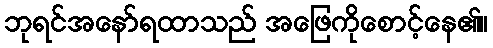
ဘုရင်အနော်ရထာသည် အဖြေကိုစောင့်နေ၏။